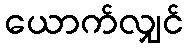
ယောက်လျှင်